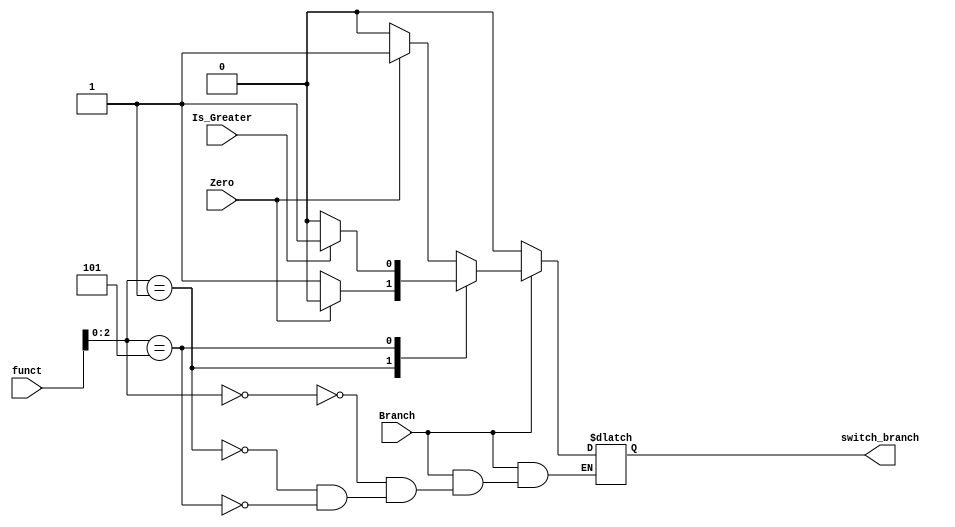
module Branch_Control_2
(
    input Branch, Zero, Is_Greater,
    input [3:0] funct,
    output reg switch_branch
);


always @(*) begin

    if (Branch) begin

        case ({funct[2:0]})
            3'b000: switch_branch = Zero ? 1 : 0;
            3'b001: switch_branch = Zero ? 0 : 1;
            3'b101: switch_branch = Is_Greater ? 1 : 0;
        endcase
    
    end
    
    else
        switch_branch = 0;
end


endmodule // Branch_Control